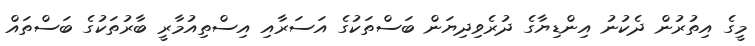
މީގެ އިތުރުން ދެކުނު އިންޑިޔާގެ ދުރެވިދިޔަން ބަސްތަކުގެ އަސަރާއި އިސްތިއުމާރީ ބާރުތަކުގެ ބަސްތައް